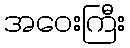
အဝေးကြီး